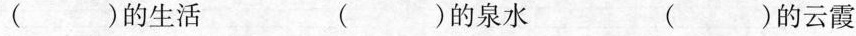
( )的生活 ( )的泉水 ( )的云霞